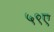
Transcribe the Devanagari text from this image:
५९ए